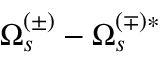
\Omega _ { s } ^ { ( \pm ) } - \Omega _ { s } ^ { ( \mp ) * }